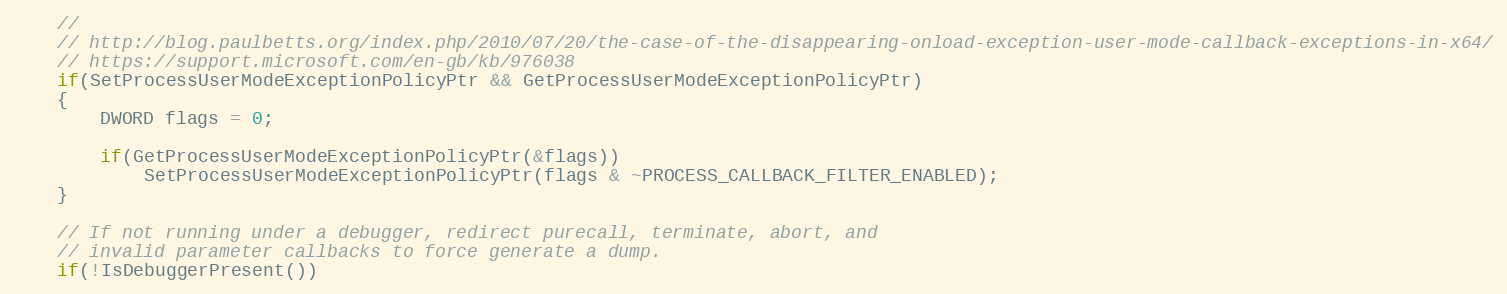
Language: C++
    //
    // http://blog.paulbetts.org/index.php/2010/07/20/the-case-of-the-disappearing-onload-exception-user-mode-callback-exceptions-in-x64/
    // https://support.microsoft.com/en-gb/kb/976038
    if(SetProcessUserModeExceptionPolicyPtr && GetProcessUserModeExceptionPolicyPtr)
    {
        DWORD flags = 0;

        if(GetProcessUserModeExceptionPolicyPtr(&flags))
            SetProcessUserModeExceptionPolicyPtr(flags & ~PROCESS_CALLBACK_FILTER_ENABLED);
    }

    // If not running under a debugger, redirect purecall, terminate, abort, and
    // invalid parameter callbacks to force generate a dump.
    if(!IsDebuggerPresent())